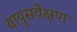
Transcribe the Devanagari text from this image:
वायुसर्वेक्षण